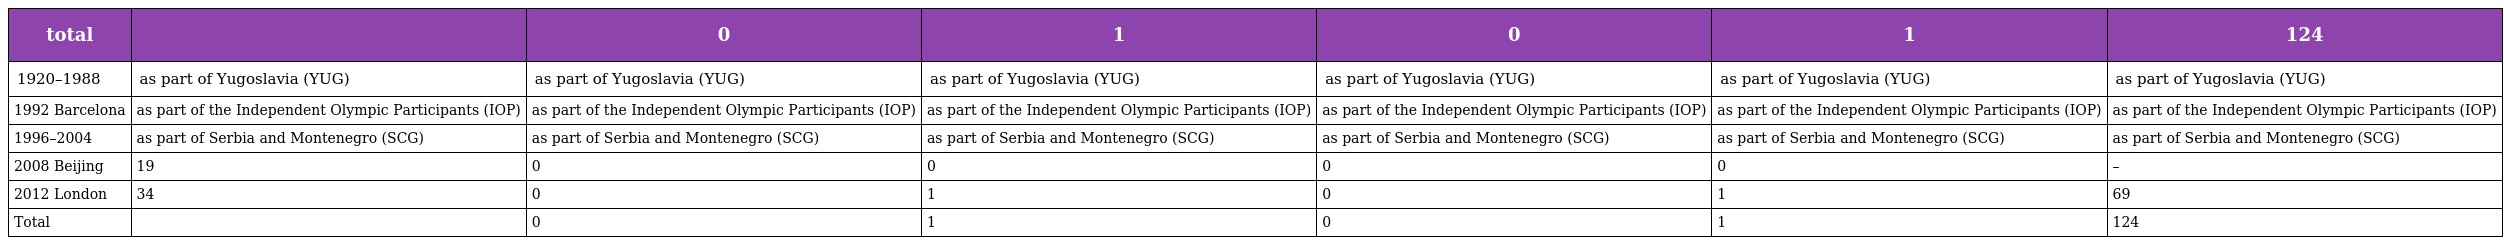
| total |  | 0 | 1 | 0 | 1 | 124 |
 | --- | --- | --- | --- | --- | --- | --- |
 | 1920–1988 | as part of Yugoslavia (YUG) | as part of Yugoslavia (YUG) | as part of Yugoslavia (YUG) | as part of Yugoslavia (YUG) | as part of Yugoslavia (YUG) | as part of Yugoslavia (YUG) |
 | 1992 Barcelona | as part of the Independent Olympic Participants (IOP) | as part of the Independent Olympic Participants (IOP) | as part of the Independent Olympic Participants (IOP) | as part of the Independent Olympic Participants (IOP) | as part of the Independent Olympic Participants (IOP) | as part of the Independent Olympic Participants (IOP) |
 | 1996–2004 | as part of Serbia and Montenegro (SCG) | as part of Serbia and Montenegro (SCG) | as part of Serbia and Montenegro (SCG) | as part of Serbia and Montenegro (SCG) | as part of Serbia and Montenegro (SCG) | as part of Serbia and Montenegro (SCG) |
 | 2008 Beijing | 19 | 0 | 0 | 0 | 0 | – |
 | 2012 London | 34 | 0 | 1 | 0 | 1 | 69 |
 | Total |  | 0 | 1 | 0 | 1 | 124 |